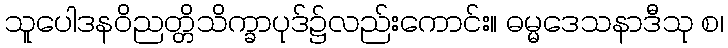
သူပေါဒနဝိညတ္တိသိက္ခာပုဒ်၌လည်းကောင်း။ ဓမ္မဒေသနာဒီသု စ၊